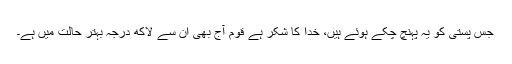
جس پستی کو یہ پہنچ چکے ہوئے ہیں، خدا کا شکر ہے قوم آج بھی ان سے لاکھ درجہ بہتر حالت میں ہے۔